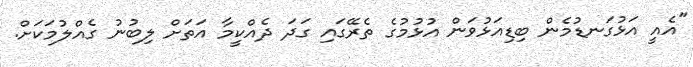
"އެއީ އަޅުގަނޑުމެން ބިޑިއަޅުވަން އުޅުމުގެ ތެރޭގައި ގަދަ ދެއްކީމާ އަތަށް ލިބުނު ގެއްލުމަކަށް.